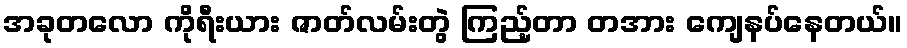
အခုတလော ကိုရီးယား ဇာတ်လမ်းတွဲ ကြည့်တာ တအား ကျေနပ်နေတယ်။